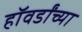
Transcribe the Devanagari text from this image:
हॉवर्डांच्या